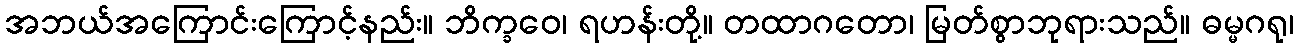
အဘယ်အကြောင်းကြောင့်နည်း။ ဘိက္ခဝေ၊ ရဟန်းတို့။ တထာဂတော၊ မြတ်စွာဘုရားသည်။ ဓမ္မဂရု၊